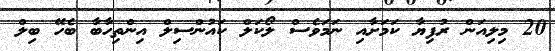
20 މިލިއަން ރުފިޔާ ކަމަށާއި ނަމަވެސް ލޯކަލް ކައުންސިލް އިންތިހާބާ ބެހޭ ބިލް